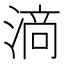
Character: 𱧥